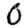
Digit: 0